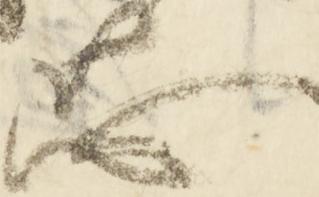
恐